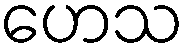
ဟေသ